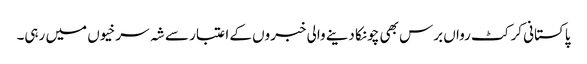
پاکستانی کرکٹ رواں برس بھی چونکا دینے والی خبروں کے اعتبار سے شہ سرخیوں میں رہی۔